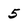
Character: 5